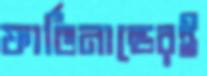
ফার্ডিনান্ডেরই